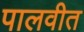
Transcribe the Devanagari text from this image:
पालवीत